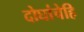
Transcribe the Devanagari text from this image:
दोघांचेहि